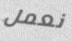
نعمل